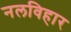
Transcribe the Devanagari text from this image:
नलविहार